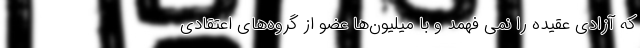
که آزادی عقیده را نمی فهمد و با میلیون‌ها عضو از گروه‌های اعتقادی